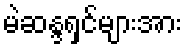
မဲဆန္ဒရှင်များအား